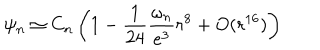
LaTeX: \psi _ { n } \simeq C _ { n } \left( 1 - \frac { 1 } { 2 4 } \frac { \omega _ { n } } { e ^ { 3 } } r ^ { 8 } + O ( r ^ { 1 6 } ) \right)